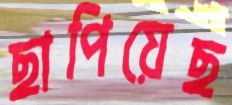
ছাপিয়েছ